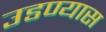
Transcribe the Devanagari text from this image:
उडण्यास